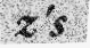
z's